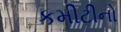
કમીટીનો